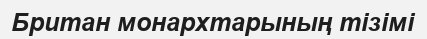
Британ монархтарының тізімі